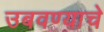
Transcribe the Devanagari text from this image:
उबवण्याचे